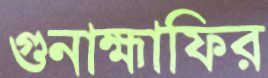
গুনাহ্মাফির